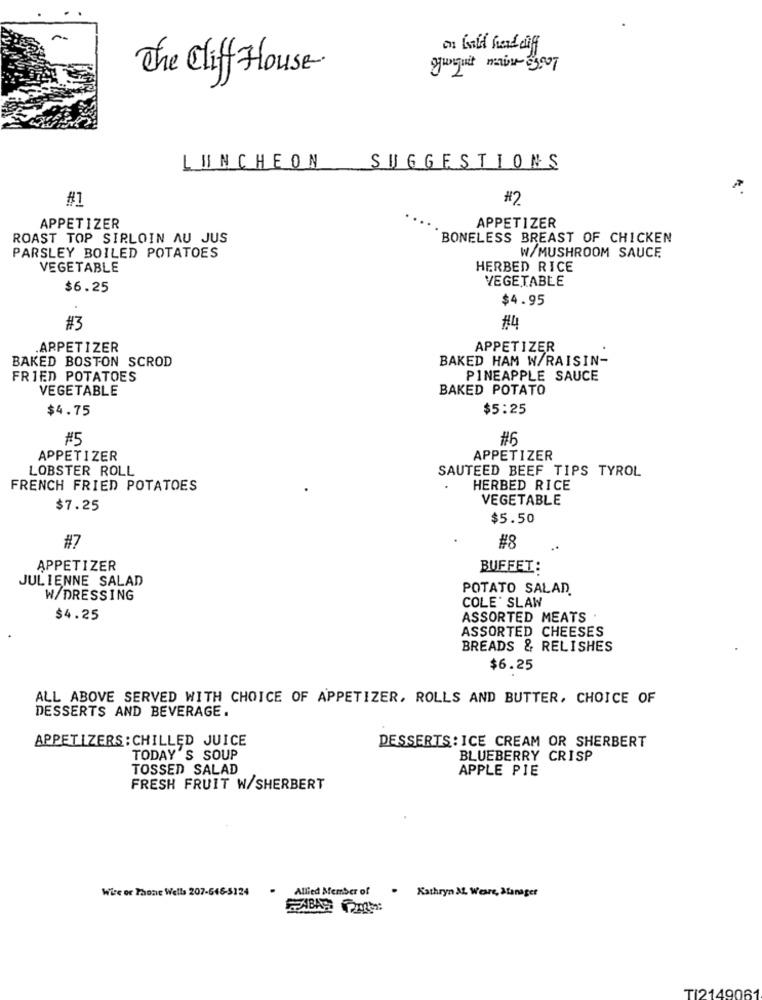
on bald hand dif
yunguit mais e3007
The Cliff House-
LUNCHEON
SUGGESTIONS
#1
#2
APPETIZER
APPETIZER
ROAST TOP SIRLOIN AU JUS
BONELESS BREAST OF CHICKEN
PARSLEY BOILED POTATOES
W/MUSHROOM SAUCE
VEGETABLE
HERBED RICE
VEGETABLE
$6.25
$4.95
#3
#4
.APPETIZER
APPETIZER
BAKED BOSTON SCROD
BAKED HAM W/RAISIN-
FRIED POTATOES
PINEAPPLE SAUCE
VEGETABLE
BAKED POTATO
$4.75
$5:25
#5
#6
APPETIZER
APPETIZER
LOBSTER ROLL
SAUTEED BEEF TIPS TYROL
FRENCH FRIED POTATOES
HERBED RICE
VEGETABLE
$7.25
$5.50
#7
#8
APPETIZER
BUFFET:
JULIENNE SALAD
POTATO SALAD
W/DRESSING
COLE SLAW
$4.25
ASSORTED MEATS
ASSORTED CHEESES
BREADS & RELISHES
$6.25
ALL ABOVE SERVED WITH CHOICE OF APPETIZER, ROLLS AND BUTTER, CHOICE OF
DESSERTS AND BEVERAGE.
APPETIZERS : CHILLED JUICE
DESSERTS: ICE CREAM OR SHERBERT
TODAY'S SOUP
BLUEBERRY CRISP
TOSSED SALAD
APPLE PIE
FRESH FRUIT W/SHERBERT
Wie or Phone Wells 207-646-5124
Allied Member of
.
Kathryn ML. Weare, Manager
Ti2149061